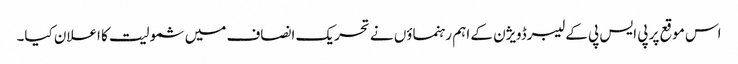
اس موقع پر پی ایس پی کے لیبرڈویژن کے اہم رہنماؤں نے تحریک انصاف میں شمولیت کا اعلان کیا۔